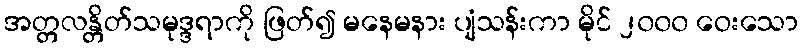
အတ္တလန္တိတ်သမုဒ္ဒရာကို ဖြတ်၍ မနေမနား ပျံသန်းကာ မိုင် ၂၀၀၀ ဝေးသော